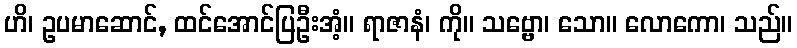
ဟိ၊ ဥပမာဆောင်, ထင်အောင်ပြဦးအံ့။ ရာဇာနံ၊ ကို။ သဗ္ဗော၊ သော။ လောကော၊ သည်။